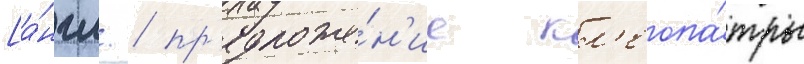
[а́нгл. / пр'едложе́н'ие кл'еопа́тры